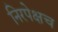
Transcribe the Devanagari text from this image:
निरपेक्षच